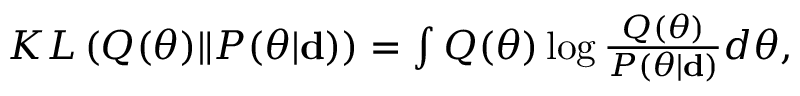
\begin{array} { r } { K L \left( Q ( \boldsymbol { \theta } ) \| P ( \boldsymbol { \theta } | \mathbf { d } ) \right) = \int Q ( \boldsymbol { \theta } ) \log \frac { Q ( \boldsymbol { \theta } ) } { P ( \boldsymbol { \theta } | \mathbf { d } ) } d \boldsymbol { \theta } , } \end{array}